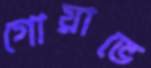
গোয়াভে